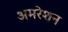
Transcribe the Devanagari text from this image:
अमरेशन